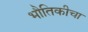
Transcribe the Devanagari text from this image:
भौतिकीचा